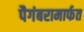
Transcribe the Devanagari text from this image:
पैगंबरामार्फत